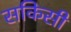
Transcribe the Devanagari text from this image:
सकिसी